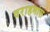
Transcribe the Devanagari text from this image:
वराहमांस